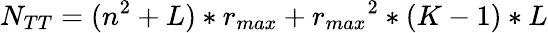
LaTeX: {{N}_{TT}}=({{n}^{2}}+L)*{{r}_{max}}+{{r}_{max}}^{2}*(K-1)*L